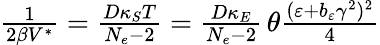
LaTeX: \begin{array}{r}{\frac{1}{2\beta V^{\ast}}=\frac{D\kappa_{S}T}{N_{e}-2}=\frac{D\kappa_{E}}{N_{e}-2}\, \theta\frac{(\varepsilon+b_{\varepsilon}\gamma^{2})^{2}}{4}}\end{array}